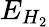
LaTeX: E_{H_{2}}